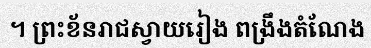
។ ព្រះខ័នរាជស្វាយរៀង ពង្រឹងតំណែង